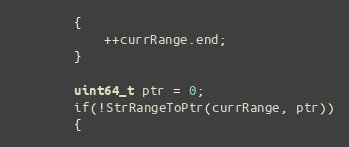
Language: C++
        {
            ++currRange.end;
        }

        uint64_t ptr = 0;
        if(!StrRangeToPtr(currRange, ptr))
        {